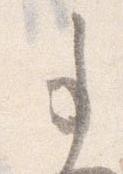
事